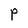
Character: P